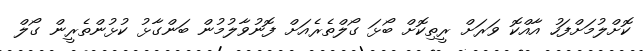
ކޮށްލުމަށްފަހު އާއްކޮ ވަރަށް ރީތިކޮށް ބޯޅަ ގޯލްތެރެއަށް ފޮނުވާލުމުން ބަންގާޅު ކުޅުންތެރީން ގޯލް